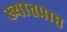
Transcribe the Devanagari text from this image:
ख्यातप्राप्त